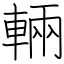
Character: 輛